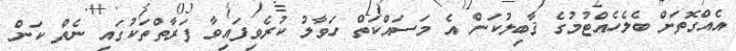
އެއްގޮތަށް ބެލެހެއްޓުމުގެ ޤާބިލުކަން އެ މަސައްކަތް ހަވާލު ކުރެވިފައިވާ ފަރާތްތަކުގައި ނެތް ކަން